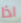
اذا